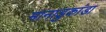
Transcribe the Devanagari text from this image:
मानाडुकांडा